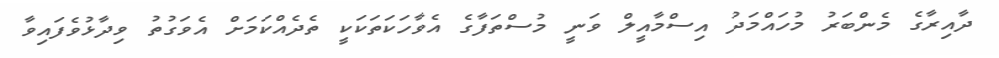
ދާއިރާގެ މެންބަރު މުހައްމަދު އިސްމާއީލް ވަނީ މުސްތަފާގެ އެވާހަކަތަކަކީ ތެދެއްކަމަށް އެވަގުތު ވިދާޅުވެފައިވާ